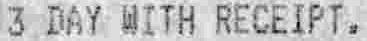
3 DAY WITH RECEIPT.